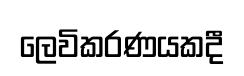
ලෙවිකරණයකදී